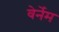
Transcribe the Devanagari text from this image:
वेर्नेम